Vaccine operations Central Provinces 1868-1885 - 1868-1885
Year: 1868
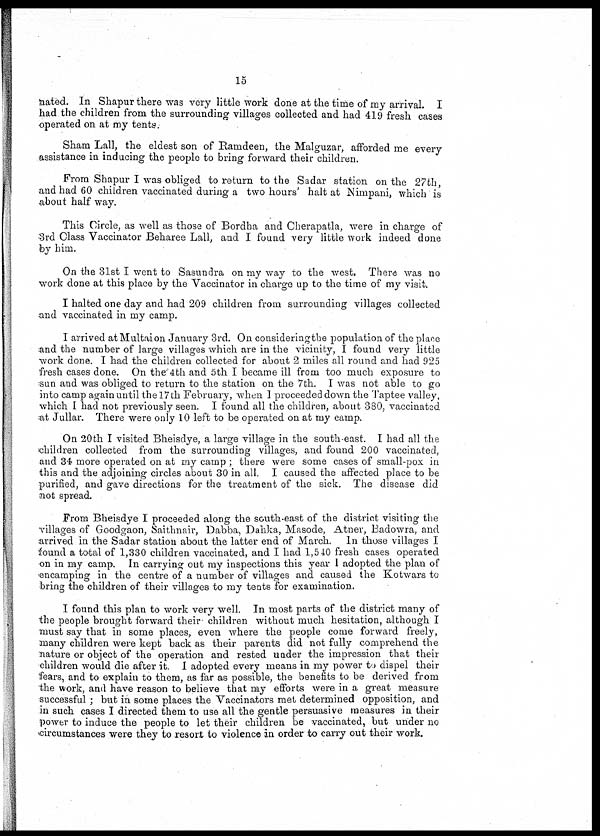
15
nated. In Shapur there was very little work done at the time of my arrival. I
had the children from the surrounding villages collected and had 419 fresh cases
operated on at my tents.
Sham Lall, the eldest son of Ramdeen, the Malguzar, afforded me every
assistance in inducing the people to bring forward their children.
From Shapur I was obliged to return to the Sadar station on the 27th,
and had 60 children vaccinated during a two hours' halt at Nimpani, which is
about half way.
This Circle, as well as those of Bordha and Cherapatla, were in charge of
3rd Class Vaccinator Beharee Lall, and I found very little work indeed done
by him.
On the 31st I went to Sasundra on my way to the west. There was no
work done at this place by the Vaccinator in charge up to the time of my visit.
I halted one day and had 209 children from surrounding villages collected
and vaccinated in my camp.
I arrived atMultaion January 3rd. On considering the population of the place
and the number of large villages which are in the vicinity, I found very little
work done. I had the children collected for about 2 miles all round and had 925
fresh cases done. On the 4th and 5th I became ill from too much exposure to
sun and was obliged to return to the station on the 7th. I was not able to go
into camp again until the 17th February, when I proceeded down the Taptee valley,
which I had not previously seen. I found all the children, about 380, vaccinated
at Jullar. There were only 10 left to be operated on at my camp.
On 20th I visited Bheisdye, a large village in the south-east. I had all the
children collected from the surrounding villages, and found 200 vaccinated,
and 34 more operated on at my camp ; there were some cases of small-pox in
this and the adjoining circles about 30 in all. I caused the affected place to be
purified, and gave directions for the treatment of the sick. The disease did
not spread.
From Bheisdye I proceeded along the south-east of the district visiting the
villages of Goodgaon, Saithnair, Dabba, Dahka, Masode, Atner, Badowra, and
arrived in the Sadar station about the latter end of March. In those villages I
found a total of 1,330 children vaccinated, and I had 1,540 fresh cases operated
on in my camp. In carrying out my inspections this year I adopted the plan of
encamping in the centre of a number of villages and caused the Kotwars to
bring the children of their villages to my tents for examination.
I found this plan to work very well. In most parts of the district many of
the people brought forward their children without much hesitation, although I
must say that in some places, even where the people come forward freely,
many children were kept back as their parents did not fully comprehend the
nature or object of the operation and rested under the impression that their
children would die after it. I adopted every means in my power to dispel their
fears, and to explain to them, as far as possible, the benefits to be derived from
the work, and have reason to believe that my efforts were in a great measure
successful ; but in some places the Vaccinators met determined opposition, and
in such cases I directed them to use all the gentle persuasive measures in their
power to induce the people to let their children be vaccinated, but under no
circumstances were they to resort to violence in order to carry out their work.